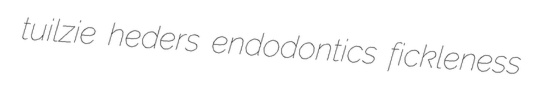
tuilzie heders endodontics fickleness